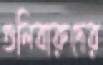
গুলিবারুদের